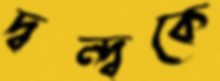
দ্বন্দ্বকে